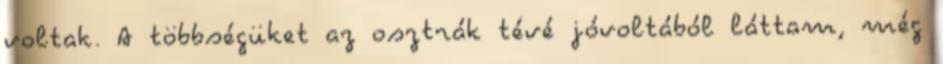
voltak. A többségüket az osztrák tévé jóvoltából láttam, még